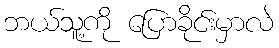
ဘယ်သူ့ကို ပြောခိုင်းမှာလဲ